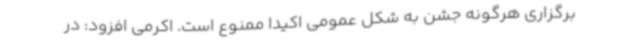
برگزاری هرگونه جشن به شکل عمومی اکیدا ممنوع است. اکرمی افزود: در